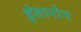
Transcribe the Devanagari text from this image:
इंतानोन